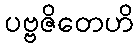
ပဗ္ဗဇိတေဟိ